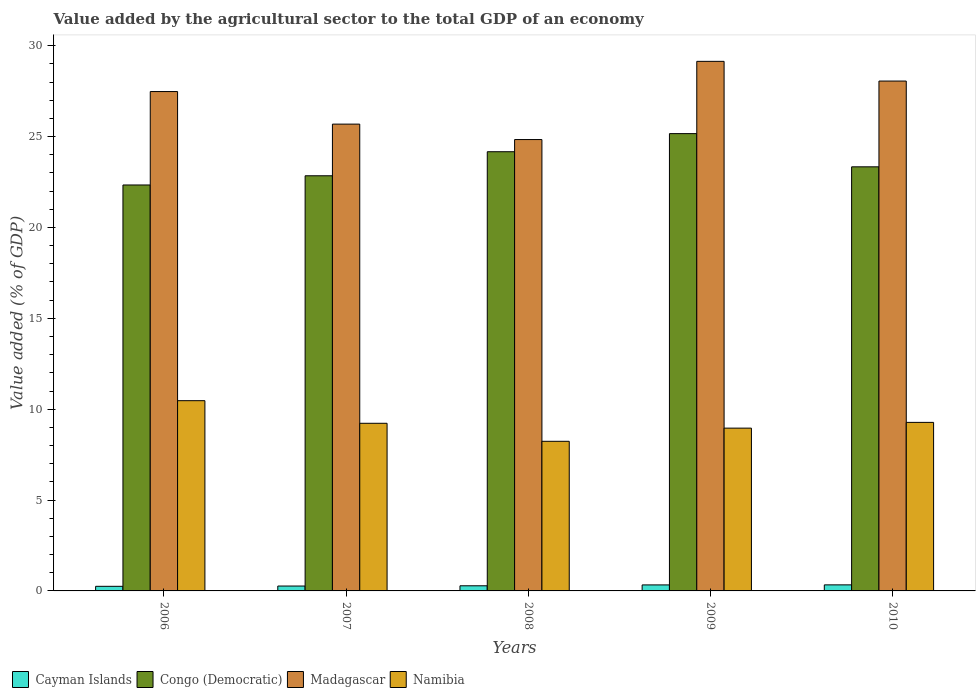
| Years | Cayman Islands | Congo (Democratic) | Madagascar | Namibia |
 | --- | --- | --- | --- | --- |
 | 2006 | 0.253 | 22.3 | 27.5 | 10.5 |
 | 2007 | 0.269 | 22.8 | 25.7 | 9.22 |
 | 2008 | 0.282 | 24.2 | 24.8 | 8.23 |
 | 2009 | 0.331 | 25.2 | 29.1 | 8.96 |
 | 2010 | 0.333 | 23.3 | 28.1 | 9.27 |